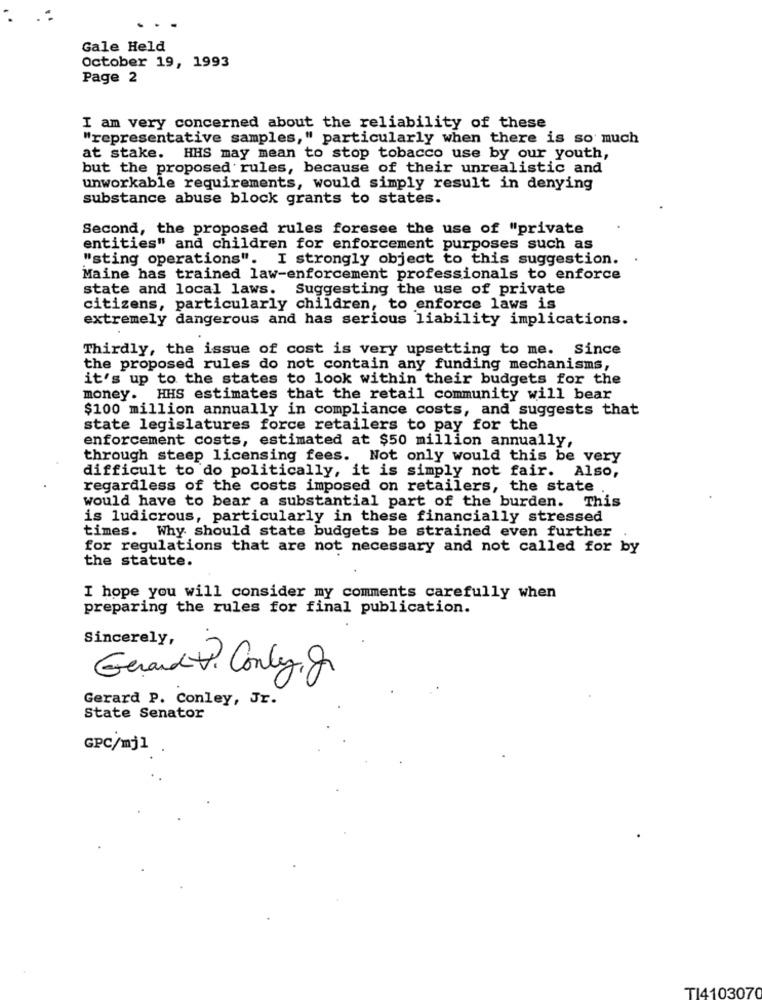
Gale Held
October 19, 1993
Page 2
I am very concerned about the reliability of these
"representative samples," particularly when there is so much
at stake. HHS may mean to stop tobacco use by our youth,
but the proposed rules, because of their unrealistic and
unworkable requirements, would simply result in denying
substance abuse block grants to states.
Second, the proposed rules foresee the use of "private
entities" and children for enforcement purposes such as
"sting operations". I strongly object to this suggestion.
Maine has trained law-enforcement professionals to enforce
state and local laws.
Suggesting the use of private
citizens, particularly children, to enforce laws is
extremely dangerous and has serious liability implications.
Thirdly, the issue of cost is very upsetting to me. Since
the proposed rules do not contain any funding mechanisms,
it's up to the states to look within their budgets for the
money. HHS estimates that the retail community will bear
$100 million annually in compliance costs, and suggests that
state legislatures force retailers to pay for the
enforcement costs, estimated at $50 million annually,
through steep licensing fees. Not only would this be very
difficult to do politically, it is simply not fair. Also,
regardless of the costs imposed on retailers, the state
would have to bear a substantial part of the burden. This
is ludicrous, particularly in these financially stressed
times. Why should state budgets be strained even further
for regulations that are not necessary and not called for by
the statute.
I hope you will consider my comments carefully when
preparing the rules for final publication.
Sincerely,
Gerard Conley gr
Gerard P. Conley, Jr.
State Senator
GPC/mj1 .
TI4103070